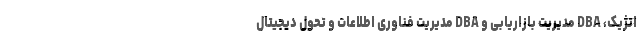
اتژیک، DBA مدیریت بازاریابی و DBA مدیریت فناوری اطلاعات و تحول دیجیتال